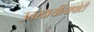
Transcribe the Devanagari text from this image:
उत्तरदायीत्वापोटी